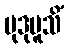
မုဒုမူသိံ